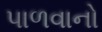
પાળવાનો